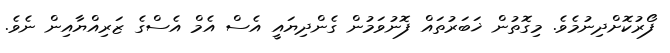
ފޯރުކޮށްދިނުމެވެ. މިގޮތުން ޚަބަރުތައް ފޮނުވަމުން ގެންދިޔައީ އެސް އެމް އެސްގެ ޒަރިއްޔާއިން ނެވެ.